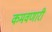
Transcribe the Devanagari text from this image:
कमवणारी